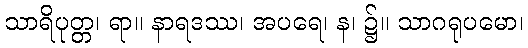
သာရိပုတ္တ၊ ရာ။ နာရဒဿ၊ အပရေ၊ န၊ ၌။ သာဂရုပမော၊